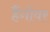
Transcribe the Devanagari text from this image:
हैंगोवर